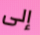
إلى